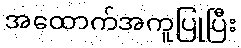
အထောက်အကူပြုပြီး